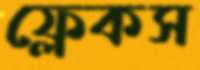
ফ্লেকস